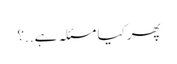
پھر کیا مسئلہ ہے..؟